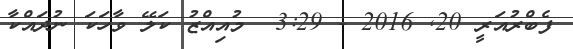
ފެބްރުއަރީ 20